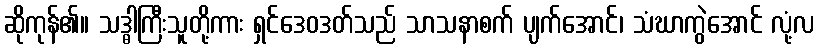
ဆိုကုန်၏။ သဒ္ဓါကြီးသူတို့ကား ရှင်ဒေဝဒတ်သည် သာသနာစက် ပျက်အောင်၊ သံဃာကွဲအောင် လုံ့လ